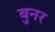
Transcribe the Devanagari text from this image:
बुनर